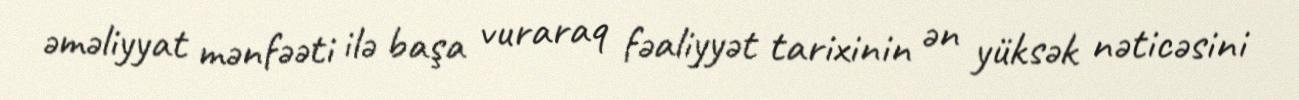
əməliyyat mənfəəti ilə başa vuraraq fəaliyyət tarixinin ən yüksək nəticəsini